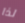
لذا